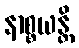
နာစ္စယန္တိ